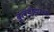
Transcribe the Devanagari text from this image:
बुलडोझरच्या